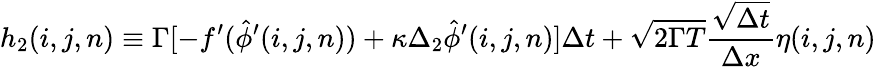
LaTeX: h_{2}(i,j,n)\equiv\Gamma[-f^{\prime}(\hat{\phi}^{\prime}(i,j,n))+\kappa\Delta_{2}\hat{\phi}^{\prime}(i,j,n)]\Delta t+\sqrt{2\Gamma T}\frac{\sqrt{\Delta t}}{\Delta x}\eta(i,j,n)